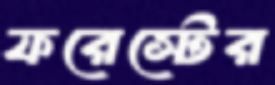
ফরেস্টের